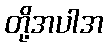
တို့အပါအ